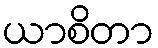
ယာစိတာ